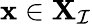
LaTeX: \mathbf{x}\in\mathbf{X}_{\mathcal{I}}